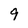
Character: 9